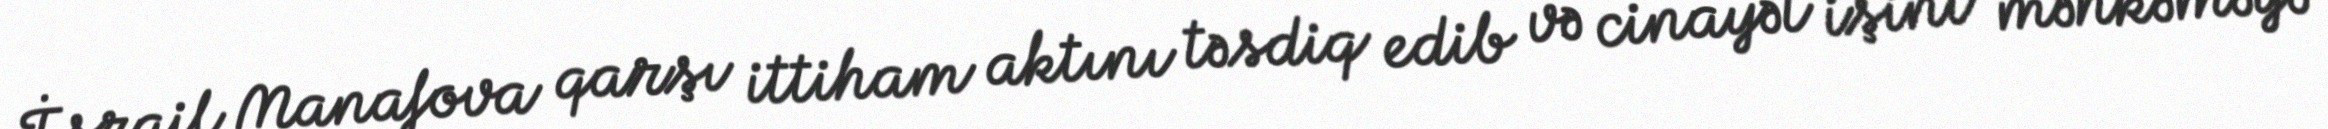
İsrail Manafova qarşı ittiham aktını təsdiq edib və cinayət işini məhkəməyə